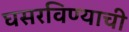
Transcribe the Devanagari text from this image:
घसरविण्याची